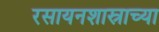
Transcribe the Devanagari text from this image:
रसायनशास्राच्या